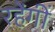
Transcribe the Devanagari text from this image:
रहेंगीं